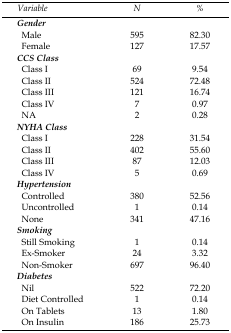
| Variable | N | % |
 | --- | --- | --- |
 | <COLSPAN=3> Gender |
 | Male | 595 | 82.30 |
 | Female | 127 | 17.57 |
 | <COLSPAN=3> CCS Class |
 | Class I | 69 | 9.54 |
 | Class II | 524 | 72.48 |
 | Class III | 121 | 16.74 |
 | Class IV | 7 | 0.97 |
 | NA | 2 | 0.28 |
 | <COLSPAN=3> NYHA Class |
 | Class I | 228 | 31.54 |
 | Class II | 402 | 55.60 |
 | Class III | 87 | 12.03 |
 | Class IV | 5 | 0.69 |
 | <COLSPAN=3> Hypertension |
 | Controlled | 380 | 52.56 |
 | Uncontrolled | 1 | 0.14 |
 | None | 341 | 47.16 |
 | <COLSPAN=3> Smoking |
 | Still Smoking | 1 | 0.14 |
 | Ex-Smoker | 24 | 3.32 |
 | Non-Smoker | 697 | 96.40 |
 | <COLSPAN=3> Diabetes |
 | Nil | 522 | 72.20 |
 | Diet Controlled | 1 | 0.14 |
 | On Tablets | 13 | 1.80 |
 | On Insulin | 186 | 25.73 |